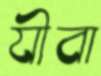
যীবা